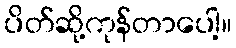
ပိတ်ဆို့ကုန်တာပေါ့။